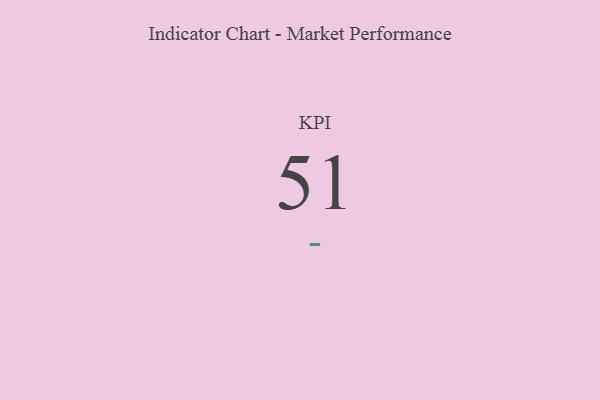
{"axis": {"x": "KPI", "y": "Value"}, "legend": [""], "data": [{"x": "KPI", "y": 51, "type": ""}]}